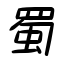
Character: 蜀